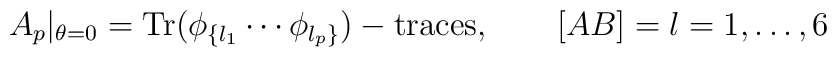
A_p|_{\theta=0}={\hbox{Tr}}(\phi_{\{l_1}\cdots \phi_{l_p\}})-{\hbox{traces}},\qquad [AB]=l= 1,\dots , 6